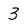
Character: 3